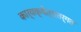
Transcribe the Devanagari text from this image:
कार्यक्षेत्रांतर्गत